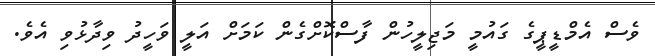
ވެސް އެމްޑީޕީގެ ގައުމީ މަޖިލީހުން ފާސްކޮށްގެން ކަމަށް އަލީ ވަހީދު ވިދާޅުވި އެވެ.